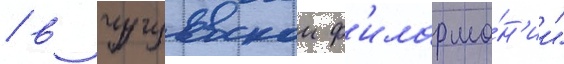
/ в чугуевскои ф'илармо́н'ии"